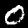
Digit: 0